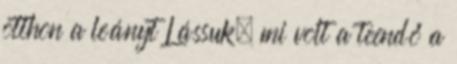
otthon a leányt Lássuk, mi volt a teendő a